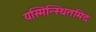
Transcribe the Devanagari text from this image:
यस्मिन्स्थितमिदं